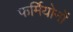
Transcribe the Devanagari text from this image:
फर्मियोनों